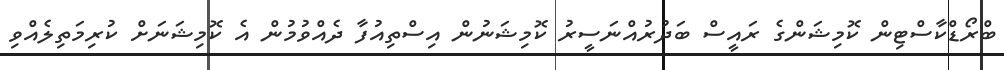
ބްރޯޑްކާސްޓިން ކޮމިޝަންގެ ރައީސް ބަދުރުއްނަސީރު ކޮމިޝަނުން އިސްތިއުފާ ދެއްވުމުން އެ ކޮމިޝަނަށް ކުރިމަތިލެއްވި